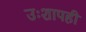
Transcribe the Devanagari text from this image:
उःशापही